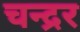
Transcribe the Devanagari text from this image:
चन्द्रर